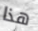
هذا